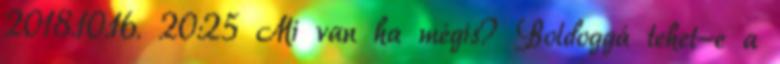
2018.10.16. 20:25 Mi van ha mégis? Boldoggá tehet-e a